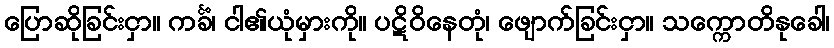
ပြောဆိုခြင်းငှာ။ ကင်္ခံ၊ ငါ၏ယုံမှားကို။ ပဋိဝိနေတုံ၊ ဖျောက်ခြင်းငှာ။ သက္ကောတိနုခေါ၊